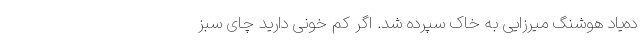
ده‌یاد هوشنگ میرزایی به خاک سپرده شد. اگر کم‌ خونی دارید چای سبز